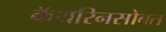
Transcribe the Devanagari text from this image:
कॅथरिनसोबत